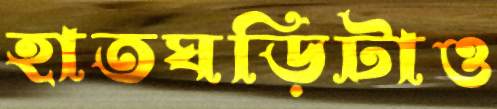
হাতঘড়িটাও